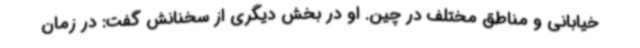
خیابانی و مناطق مختلف در چین. او در بخش دیگری از سخنانش گفت: در زمان